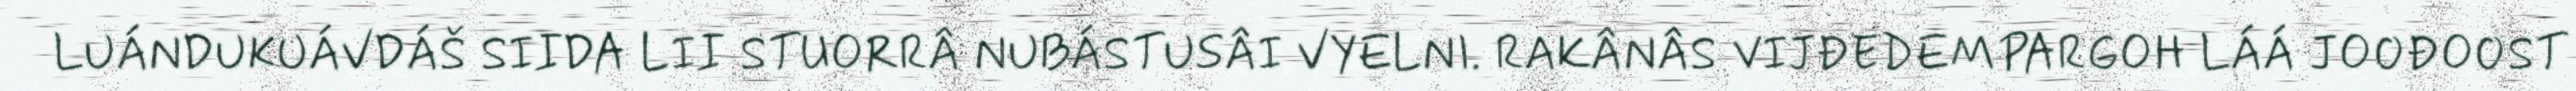
LUÁNDUKUÁVDÁŠ SIIDA LII STUORRÂ NUBÁSTUSÂI VYELNI. RAKÂNÂS VIJĐEDEMPARGOH LÁÁ JOOĐOOST